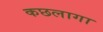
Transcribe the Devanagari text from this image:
कछलागा